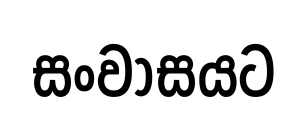
සංවාසයට